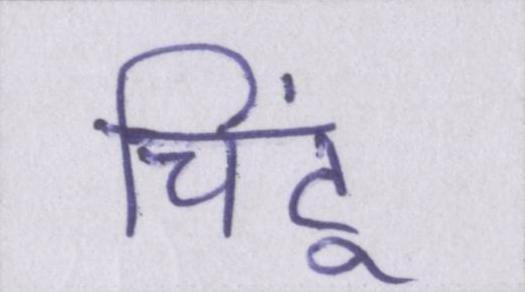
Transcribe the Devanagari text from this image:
चिंटू